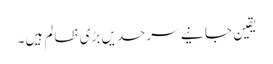
یقین جانیے سرحدیں بڑی ظالم ہیں۔